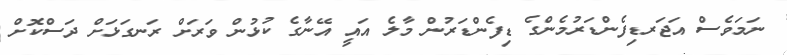
ނަމަވެސް އަޖަރޑިފެންޑަރުުމެންގެ ޑިފެންޑަރުން މާލެ އައީ އޭނާގެ ކުޅުން ވަރަށް ރަނގަޅަށް ދަސްކޮށް